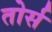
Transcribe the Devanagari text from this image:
तोर्स